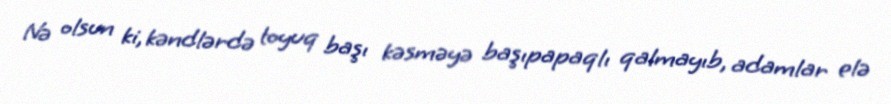
Nə olsun ki, kəndlərdə toyuq başı kəsməyə başıpapaqlı qalmayıb, adamlar elə